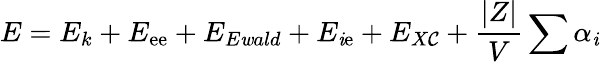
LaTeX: E=E_{k}+E_{\mathrm{e}\mathrm{e}}+E_{E\mathit{w}ald}+E_{\mathit{i}\mathrm{e}}+E_{X\mathcal{C}}+\frac{{|Z|}}{{V}}\sum\alpha_{\mathit{i}}